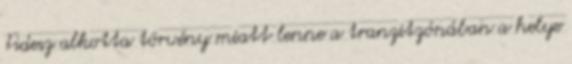
Fidesz alkotta törvény miatt lenne a tranzitzónában a helye